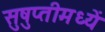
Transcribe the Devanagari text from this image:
सुषुप्तीमध्यें